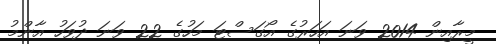
މީރާއިން 2014 ވަނަ އަހަރުގެ އޯގަސްޓަ މަހުގެ 22 ވަނަ ދުވަހު އާންމު